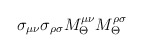
\begin{align*}\sigma_{\mu\nu}\sigma_{\rho\sigma}M_\Theta^{\mu\nu}M_\Theta^{\rho\sigma}\end{align*}